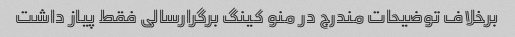
برخلاف توضیحات مندرج در منو کینگ برگرارسالی فقط پیاز داشت